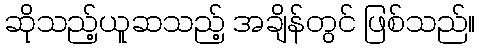
ဆိုသည့်ယူဆသည့် အချိန်တွင် ဖြစ်သည်။